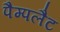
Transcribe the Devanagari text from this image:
पैम्पलैट